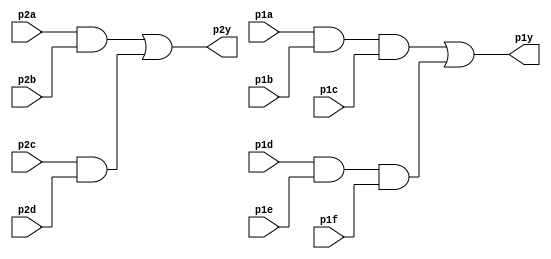
module top_module ( 
    input p1a, p1b, p1c, p1d, p1e, p1f,
    output p1y,
    input p2a, p2b, p2c, p2d,
    output p2y );
    wire x, y;
    // Atribuio direta da funo (funcional)
    assign p1y = (p1a & p1b & p1c) | (p1d & p1e & p1f);
    // Usando primitivas da linguagem 
    and (x, p2a, p2b);
    and (y, p2c, p2d);
    or (p2y, x, y);
endmodule